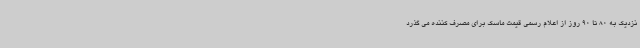
نزدیک به 80 تا 90 روز از اعلام رسمی قیمت ماسک برای مصرف کننده می گذرد